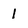
Character: 1